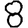
Digit: 8